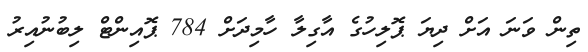
ތިން ވަނަ އަށް ދިޔަ ޕޮލިހުގެ އާގިލާ ހާމިދަށް 784 ޕޮއިންޓް ލިބުނުއިރު